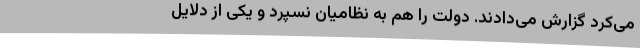
می‌کرد گزارش می‌دادند. دولت را هم به نظامیان نسپرد و یکی از دلایل